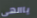
ياالهى